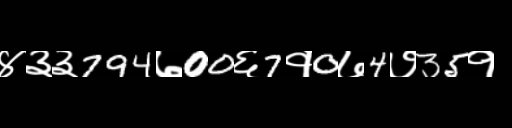
Text: ४३३794७00६7१0७4७35१